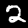
Label: 2